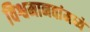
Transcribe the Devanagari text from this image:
विश्वमानवांमध्ये